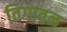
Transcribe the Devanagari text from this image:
तिगावन